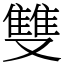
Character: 雙